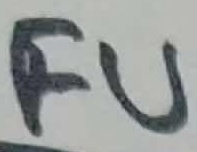
Text: FU